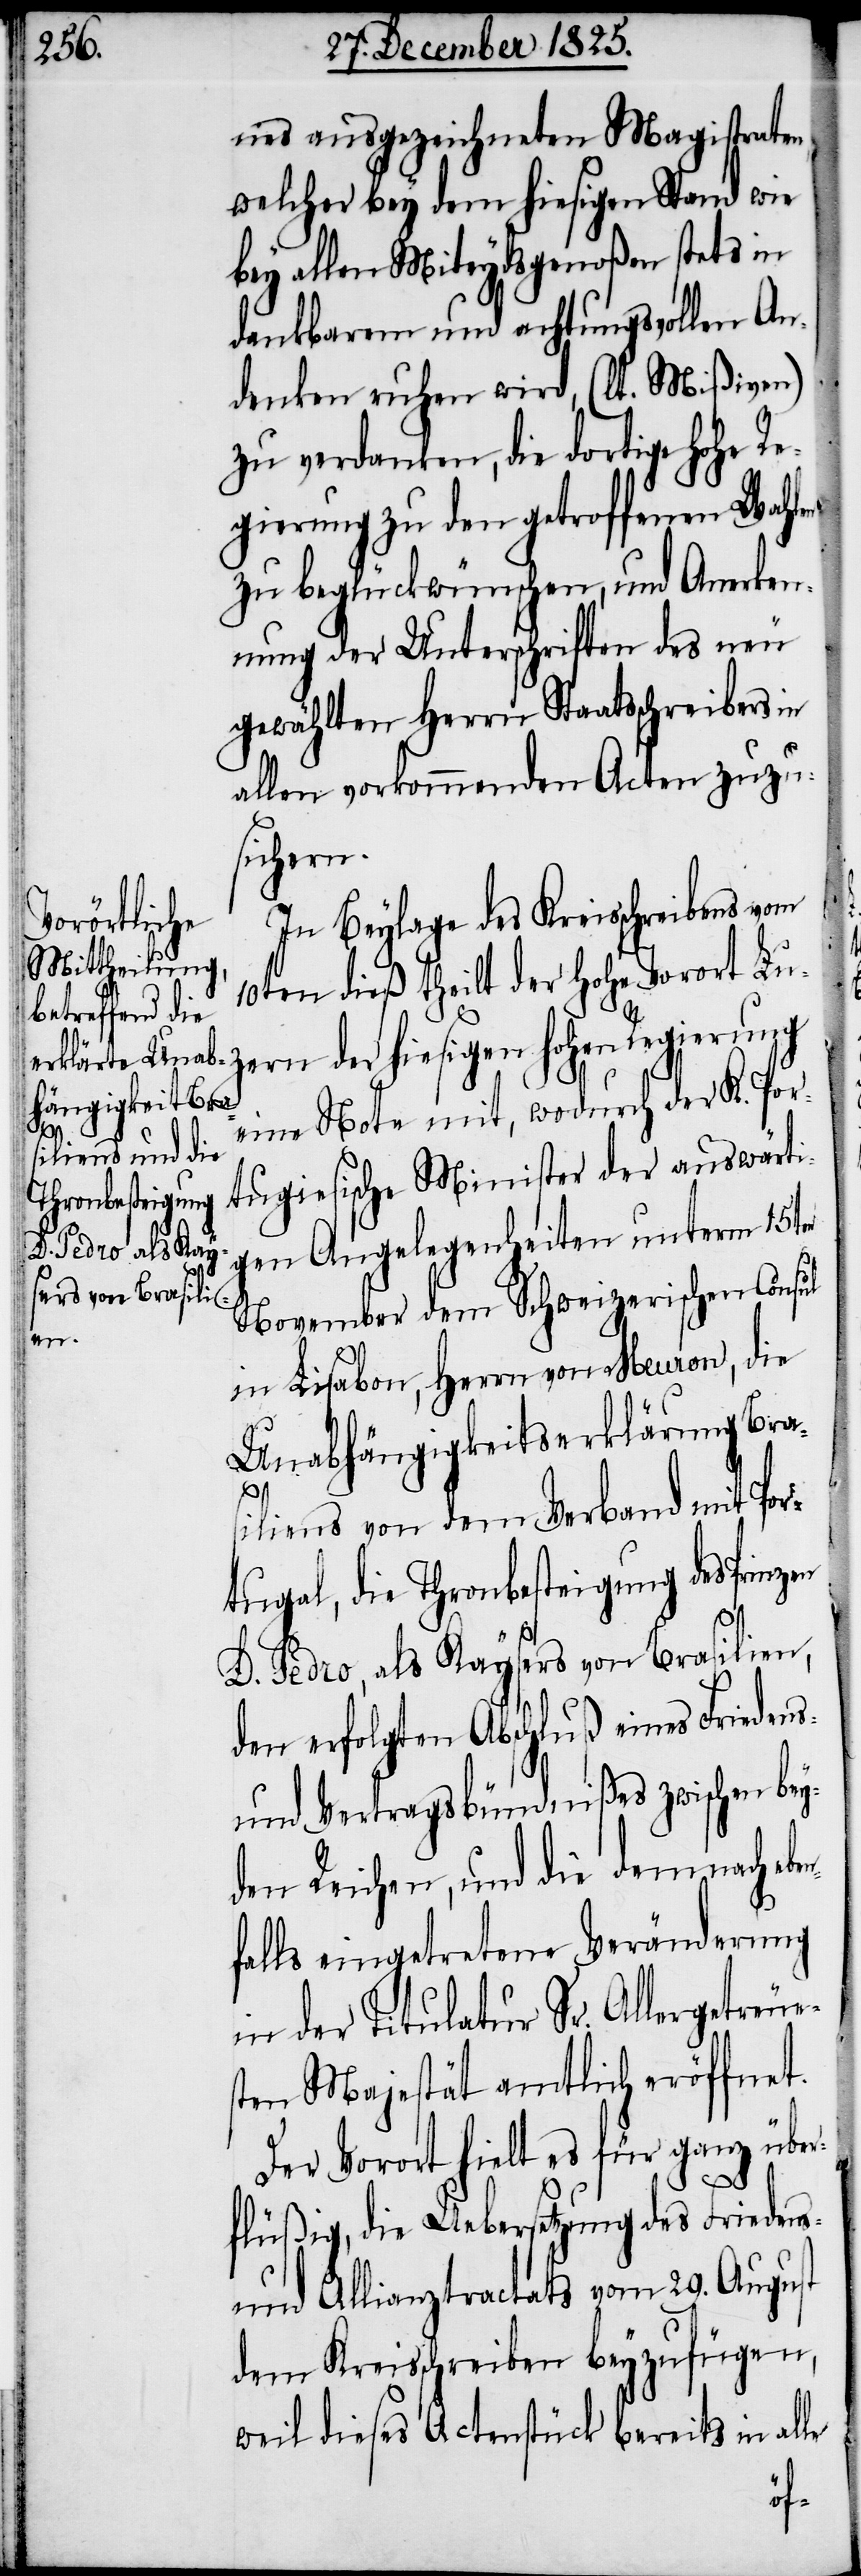
en

nes ausgezeichneten Magistraten,
welcher bey dem hiesigen Stand wie
bey allen Miteydsgenoßen stets in
dankbarem und achtungsvollen An¬
denken ruhen wird, (lt. Mißiven)
zu verdanken, die dortige hohe Re¬
gierung zu den getroffenen Wahlen
zu beglückwünschen, und Anerken¬
nung der Unterschriften des neu
gewählten Herrn Staatsschreibers in
allen vorkommenden Acten zuzu¬
sichern.
In Beylage des Kreisschreibens vom
10ten dieß theilt der hohe Vorort Lu¬
zern der hiesigen hohen Regierung
eine Note mit, wodurch der K. Por¬
tugiesische Minister der auswärti¬
gen Angelegenheiten unterm 15ten
November dem Schweizerischen Consul
in Lisabon, Herrn von Meuron, die
Unabhängigkeitserklärung Bras¬
iliens von dem Verband mit Por¬
tugal, die Thronbesteigung des Prinz¬
D. Pedro, als Kaysers von Brasilien,
den erfolgten Abschluß eines Frieden¬
und Vertragsbündnißes zwischen bey¬
den Reichen, und die demnach ebe¬
alls eingetretene Veränderung
in der Titulatur Sr. Allergetreue¬
sten Majestät amtlich eröffnet.
Der Vorort hielt es für ganz über¬
s-
flüßig, die Uebersetzung des Friedens-
und Allianztractats vom 29. August
dem Kreisschreiben beyzufügen,
weil dieses Actenstück bereits in alle
nf¬